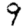
Digit: 9